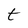
Character: t